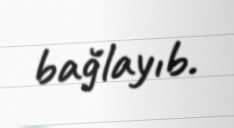
bağlayıb.